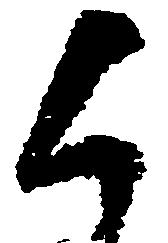
候